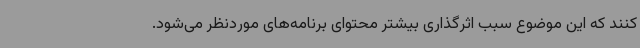
کنند که این موضوع سبب اثرگذاری بیشتر محتوای برنامه‌های موردنظر می‌شود.